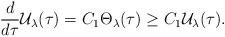
LaTeX: \begin{align*}\frac{d}{d\tau}\mathcal{U}_{\lambda}(\tau)= C_{1}\Theta_{\lambda}(\tau)\geq C_{1}\mathcal{U}_{\lambda}(\tau).\end{align*}